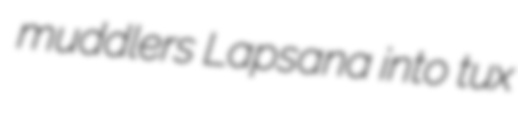
muddlers Lapsana into tux